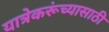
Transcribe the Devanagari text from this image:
यात्रेकरूंच्यासाठी